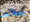
بلات